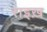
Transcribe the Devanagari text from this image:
राइख़